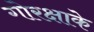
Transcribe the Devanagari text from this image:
गोरक्षाके